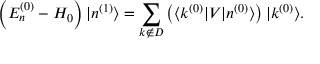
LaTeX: \left( E _ { n } ^ { ( 0 ) } - H _ { 0 } \right) | n ^ { ( 1 ) } \rangle = \sum _ { k \not \in D } \left( \langle k ^ { ( 0 ) } | V | n ^ { ( 0 ) } \rangle \right) | k ^ { ( 0 ) } \rangle .